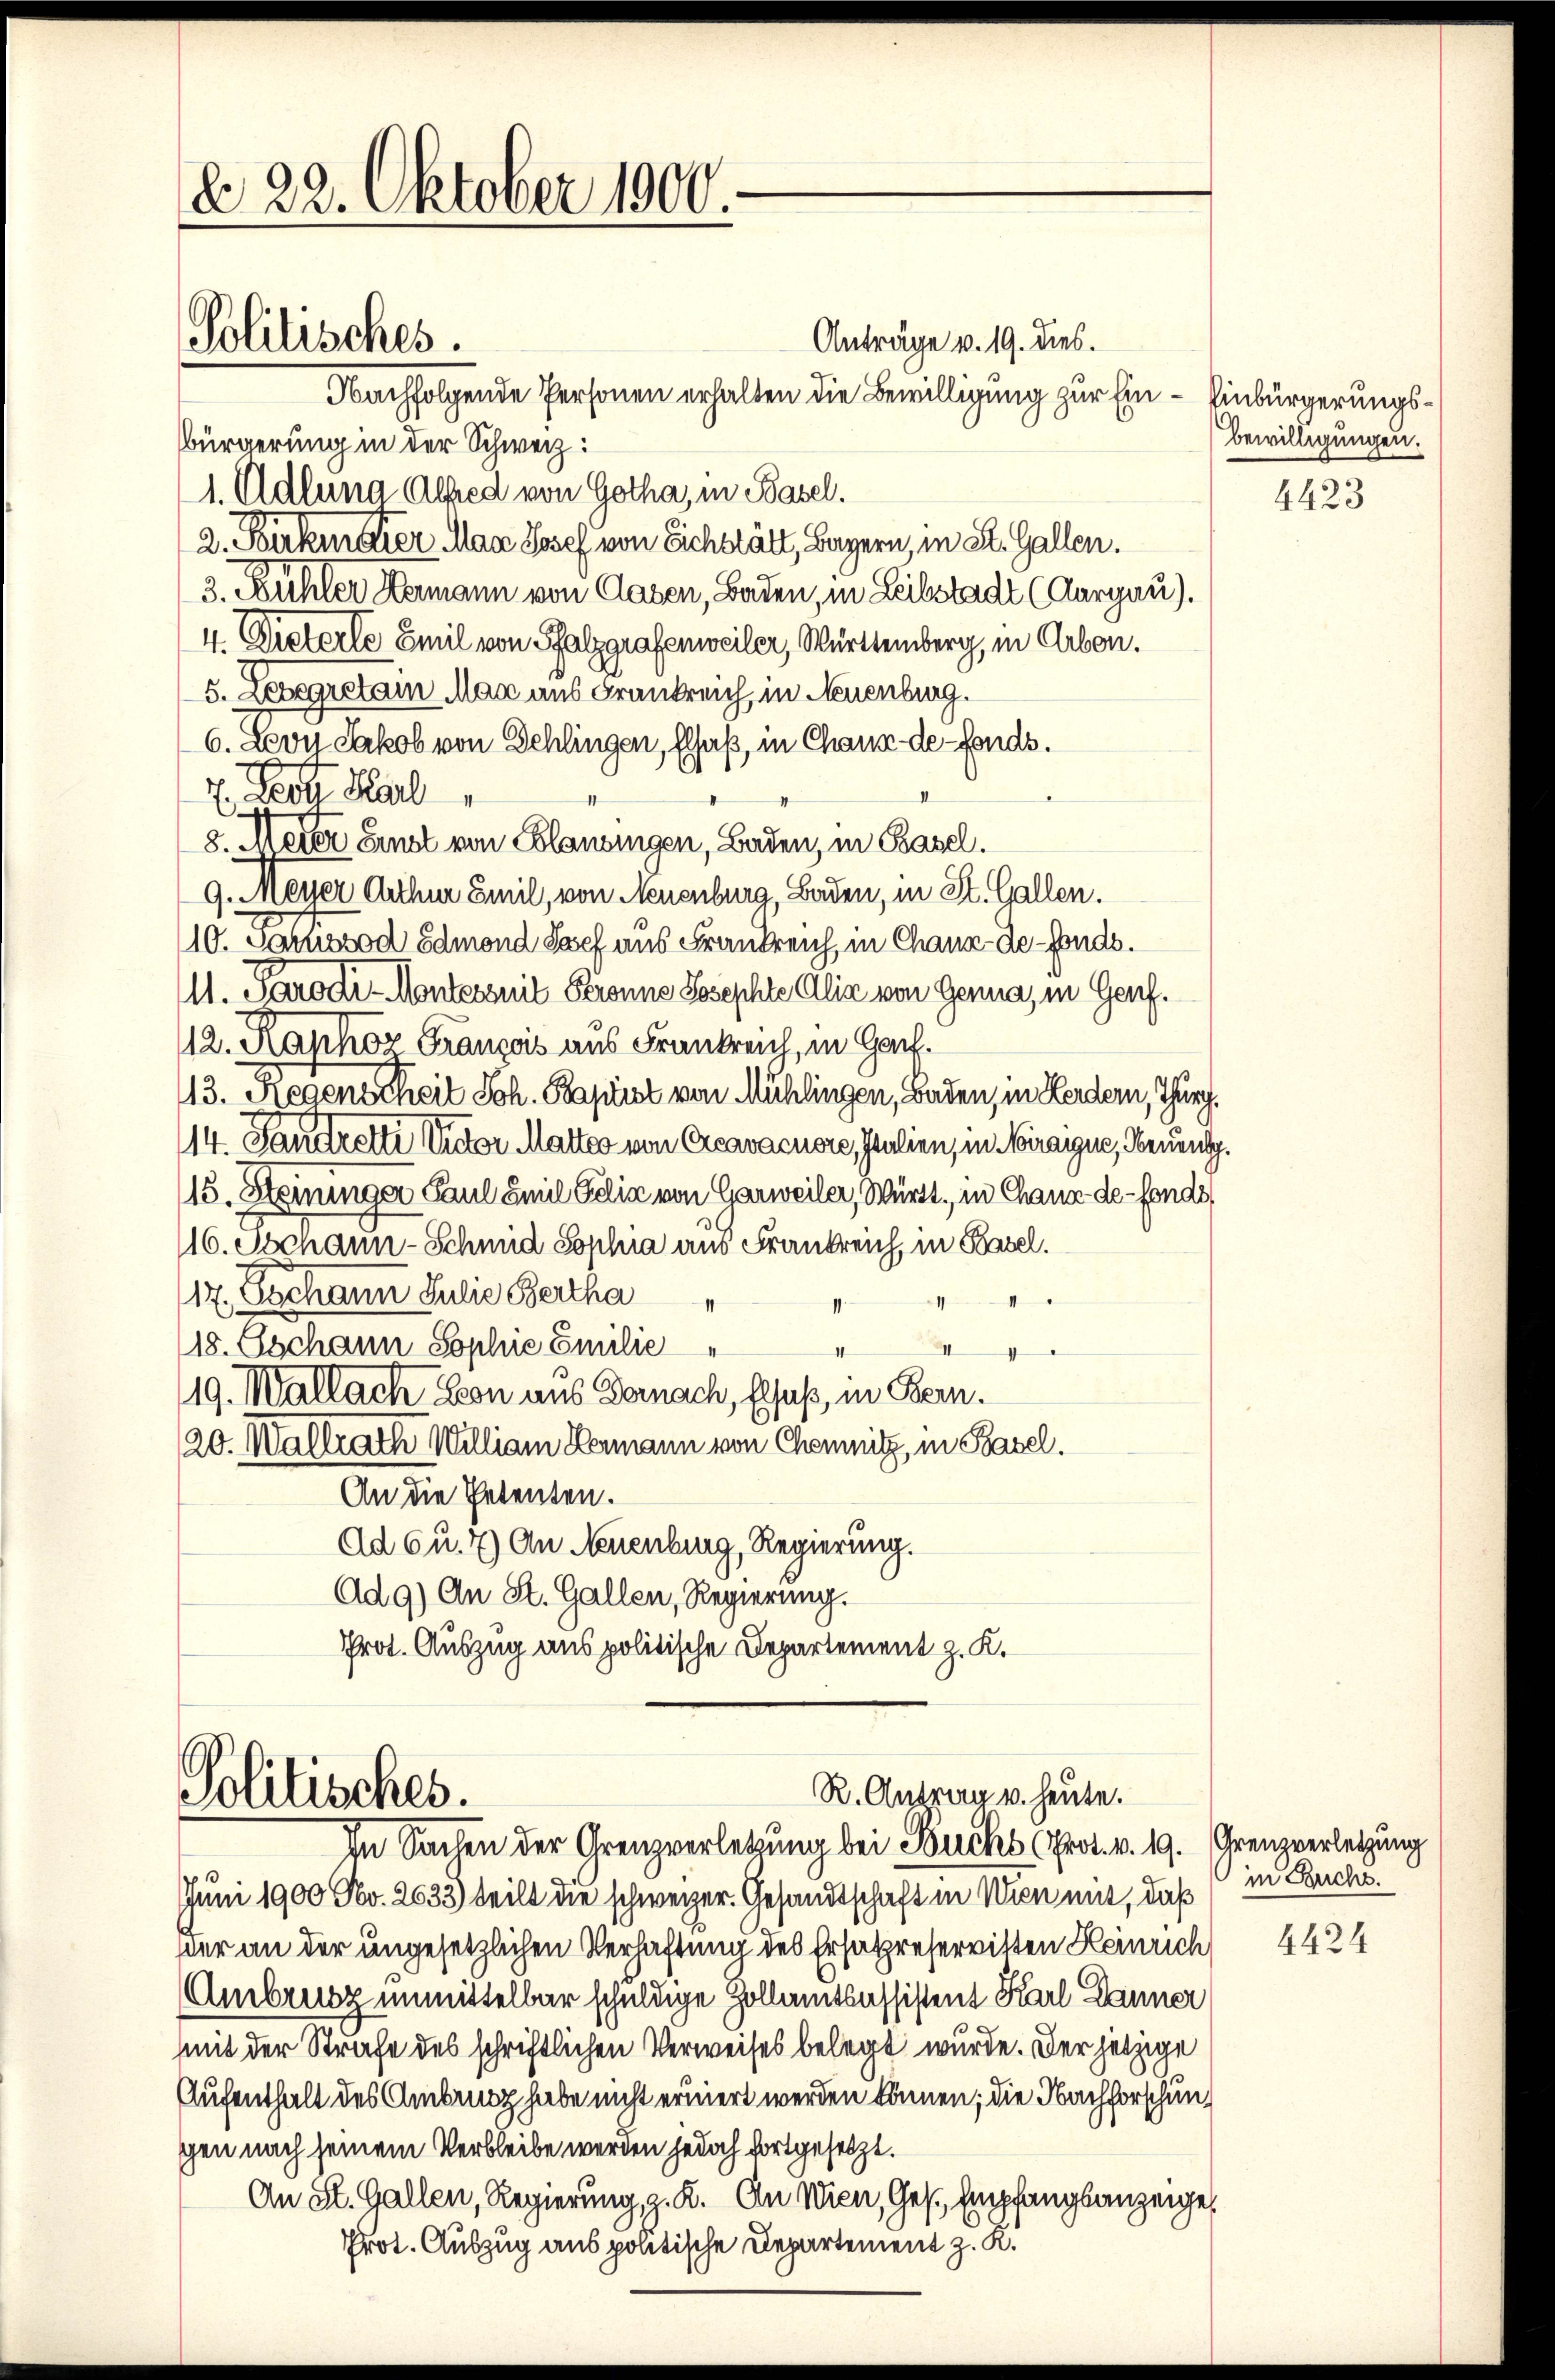
d 22. Oktober 1900
Politisches.
Anträge v. 19. dies.

Nachfolgende Personen erhalten die Bewilligung zur Ein- Einbürgerungs¬
Bürgerung in der Schweiz:
1. Adlung Alfred von Gotha, in Basel.
2. Birkmaler Man Josef von Eichstätt, Bayern, in St. Gallen.
3. Fühler Hermann von Glasen, Baden, in Leilstadt (Aargau).
4. Dieterte Emil von Pfalzgrafenweiler, Württemberg, in Arbon.
5. Lebegreten Mag aus Frankreich, in Neuenburg.
6. Levyz Jakob von Schlingen, Elsaß, in Chaux-de-Fonds.
E Deot Karl
8. Meier Einst von Clausingen, Baden, in Basel.
9. Meyer Arthur Emil, von Neuenburg, Baden, in St. Gallen.
10. Samssod Edmond Josef aus Frankreich, in Chaux-de-Fonds.
M. Parodi-Montesseit Beronne Josephte Alia von Genua, in Genf.
112. Kaphor Franzois aus Frankreich, in Ger
13. Regenscheit Joh. Baptist von Mühlingen, Baden, in Herdern, Thurg.
14. Landrette der Mattes von Creavacuore, Italien, in Miraigue, Benung.
15. Steininger Paul Emil Gelin von Gerweiler, Württ. in Chaux-de-Fonds,
116. Juchann-Schmid Sophia aus Frankreich, in Basel.
17. Eschann Julie Bertha
.
18. Oschann Sophie Emilie
II
1
19. Wallach Leon aus Bernach, Elsaß, in Bern.
20. Wallrath William Hermann von Chemnitz, in Basel.
An die Petenten.
Ad 6 u. 7) An Neuenburg, Regierung.
Ad9) An St. Gallen, Regierung.
Prot. Auszug aus politische Departement z. K.
R. Antrag v. heute.
Politisches.
In Sachen der Grenzverletzung bei Buchs (Prot. v. 19. Grenzverletzung
Juni 1900 Fr. 2633) teilt die schweizer. Gesandtschaft in Wien mit, daß in Buchs.
wer an der ungesetzlichen Verhaftung des Ersatzreservitten Heinrich
Ambrunz unmittelbar schuldige Zollamtsassistent Karl Danner
mit der Strafe des schriftlichen Verweises belegt wurde. Der jetzige
Aufenthalt des Antrag habe nicht eruiert werden können; die Nachforschung
gen nach seinem Verbleibe werden jedoch fortgesetzt.
An St. Gallen, Regierung, z. K. An Wien, Ges. Empfangsanzeige,
Prot. Auszug aus politische Departement z. R.

bewilligungen.

4423

4424